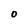
Character: O